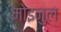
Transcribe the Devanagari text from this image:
मोइनुल